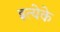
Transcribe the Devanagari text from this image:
इत्येके